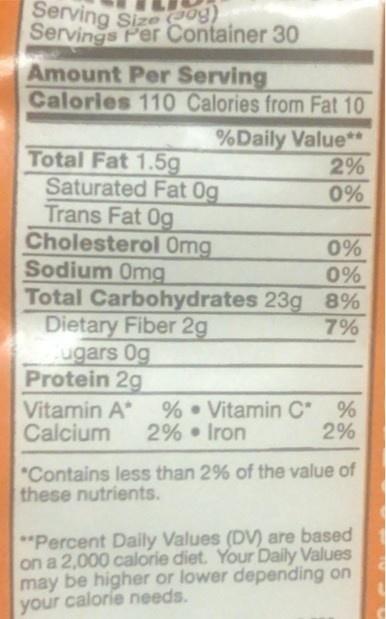
Serving Sizeog) Servings Per Container 30
Amount Per Serving Calories 110 Calories from Fat 10
%Daily Value** 2%
Total Fat 1.5g Saturated Fat 0g Trans Fat 0g Cholesterol Omg Sodium 0mg Total Carbohydrates 23g 8% Dietary Fiber 2g ugars 0g Protein 2g
0%
0%
0%
7%
Vitamin A* Calcium
% • Vitamin C % 2% • Iron
2%
"Contains less than 2% of the value of these nutrients.
*"Percent Daily Values (DV) are based on a 2,000 calorie diet. Your Daily Values may be higher or lower depending on your calorie needs.